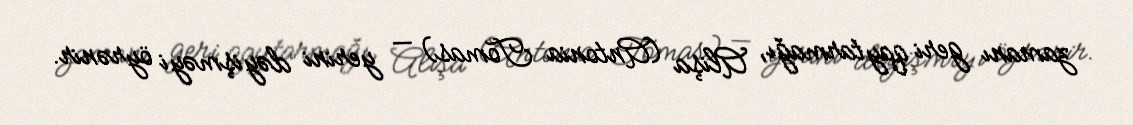
zamanı geri qaytarmağı, Alişa (Antonia Tomas) — yerini dəyişməyi öyrənir.